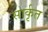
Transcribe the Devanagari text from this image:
सार्कृत